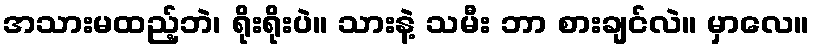
အသားမထည့်ဘဲ၊ ရိုးရိုးပဲ။ သားနဲ့ သမီး ဘာ စားချင်လဲ။ မှာလေ။